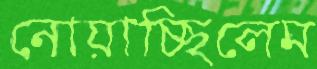
নোয়াচ্ছিলেম